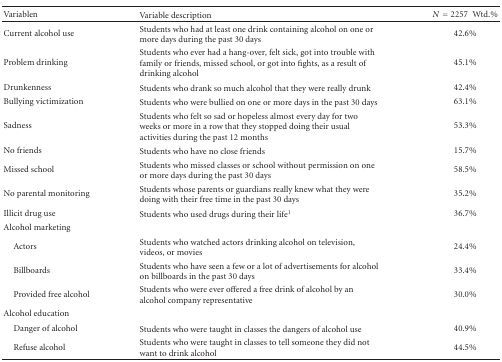
<table><thead><tr><td><b>Variablen</b></td><td><b>Variable description</b></td><td><b><i>N</i> = 2257 Wtd.%</b></td></tr></thead><tbody><tr><td>Current alcohol use</td><td>Students who had at least one drink containing alcohol on one or more days during the past 30 days</td><td>42.6%</td></tr><tr><td>Problem drinking</td><td>Students who ever had a hang-over, felt sick, got into trouble with family or friends, missed school, or got into fights, as a result of drinking alcohol</td><td>45.1%</td></tr><tr><td>Drunkenness</td><td>Students who drank so much alcohol that they were really drunk</td><td>42.4%</td></tr><tr><td>Bullying victimization</td><td>Students who were bullied on one or more days in the past 30 days</td><td>63.1%</td></tr><tr><td>Sadness</td><td>Students who felt so sad or hopeless almost every day for two weeks or more in a row that they stopped doing their usual activities during the past 12 months</td><td>53.3%</td></tr><tr><td>No friends</td><td>Students who have no close friends</td><td>15.7%</td></tr><tr><td>Missed school</td><td>Students who missed classes or school without permission on one or more days during the past 30 days</td><td>58.5%</td></tr><tr><td>No parental monitoring</td><td>Students whose parents or guardians really knew what they were doing with their free time in the past 30 days</td><td>35.2%</td></tr><tr><td>Illicit drug use</td><td>Students who used drugs during their life<sup>1</sup></td><td>36.7%</td></tr><tr><td>Alcohol marketing</td><td></td><td></td></tr><tr><td> Actors</td><td>Students who watched actors drinking alcohol on television, videos, or movies</td><td>24.4%</td></tr><tr><td> Billboards</td><td>Students who have seen a few or a lot of advertisements for alcohol on billboards in the past 30 days</td><td>33.4%</td></tr><tr><td> Provided free alcohol</td><td>Students who were ever offered a free drink of alcohol by an alcohol company representative</td><td>30.0%</td></tr><tr><td>Alcohol education</td><td></td><td></td></tr><tr><td> Danger of alcohol</td><td>Students who were taught in classes the dangers of alcohol use</td><td>40.9%</td></tr><tr><td> Refuse alcohol</td><td>Students who were taught in classes to tell someone they did not want to drink alcohol</td><td>44.5%</td></tr></tbody></table>